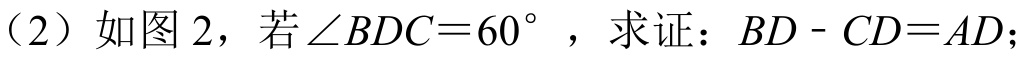
（2）如图 2，若$\angle BDC = 60^{\circ}$，求证：$BD - CD = AD$；